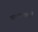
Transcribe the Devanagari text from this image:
पाळण्यातलें